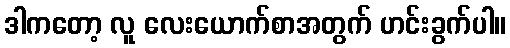
ဒါကတော့ လူ လေးယောက်စာအတွက် ဟင်းခွက်ပါ။